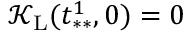
\mathcal { K } _ { \mathrm { L } } ( t _ { * * } ^ { 1 } , 0 ) = 0